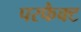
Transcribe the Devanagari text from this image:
परफैक्ट